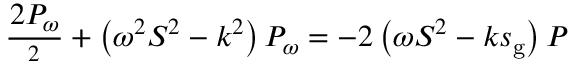
\frac { \d ^ { 2 } P _ { \omega } } { \d z ^ { 2 } } + \left( \omega ^ { 2 } S ^ { 2 } - k ^ { 2 } \right) P _ { \omega } = - 2 \left( \omega S ^ { 2 } - k s _ { \mathrm { g } } \right) P